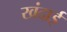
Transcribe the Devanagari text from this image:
खंदाई